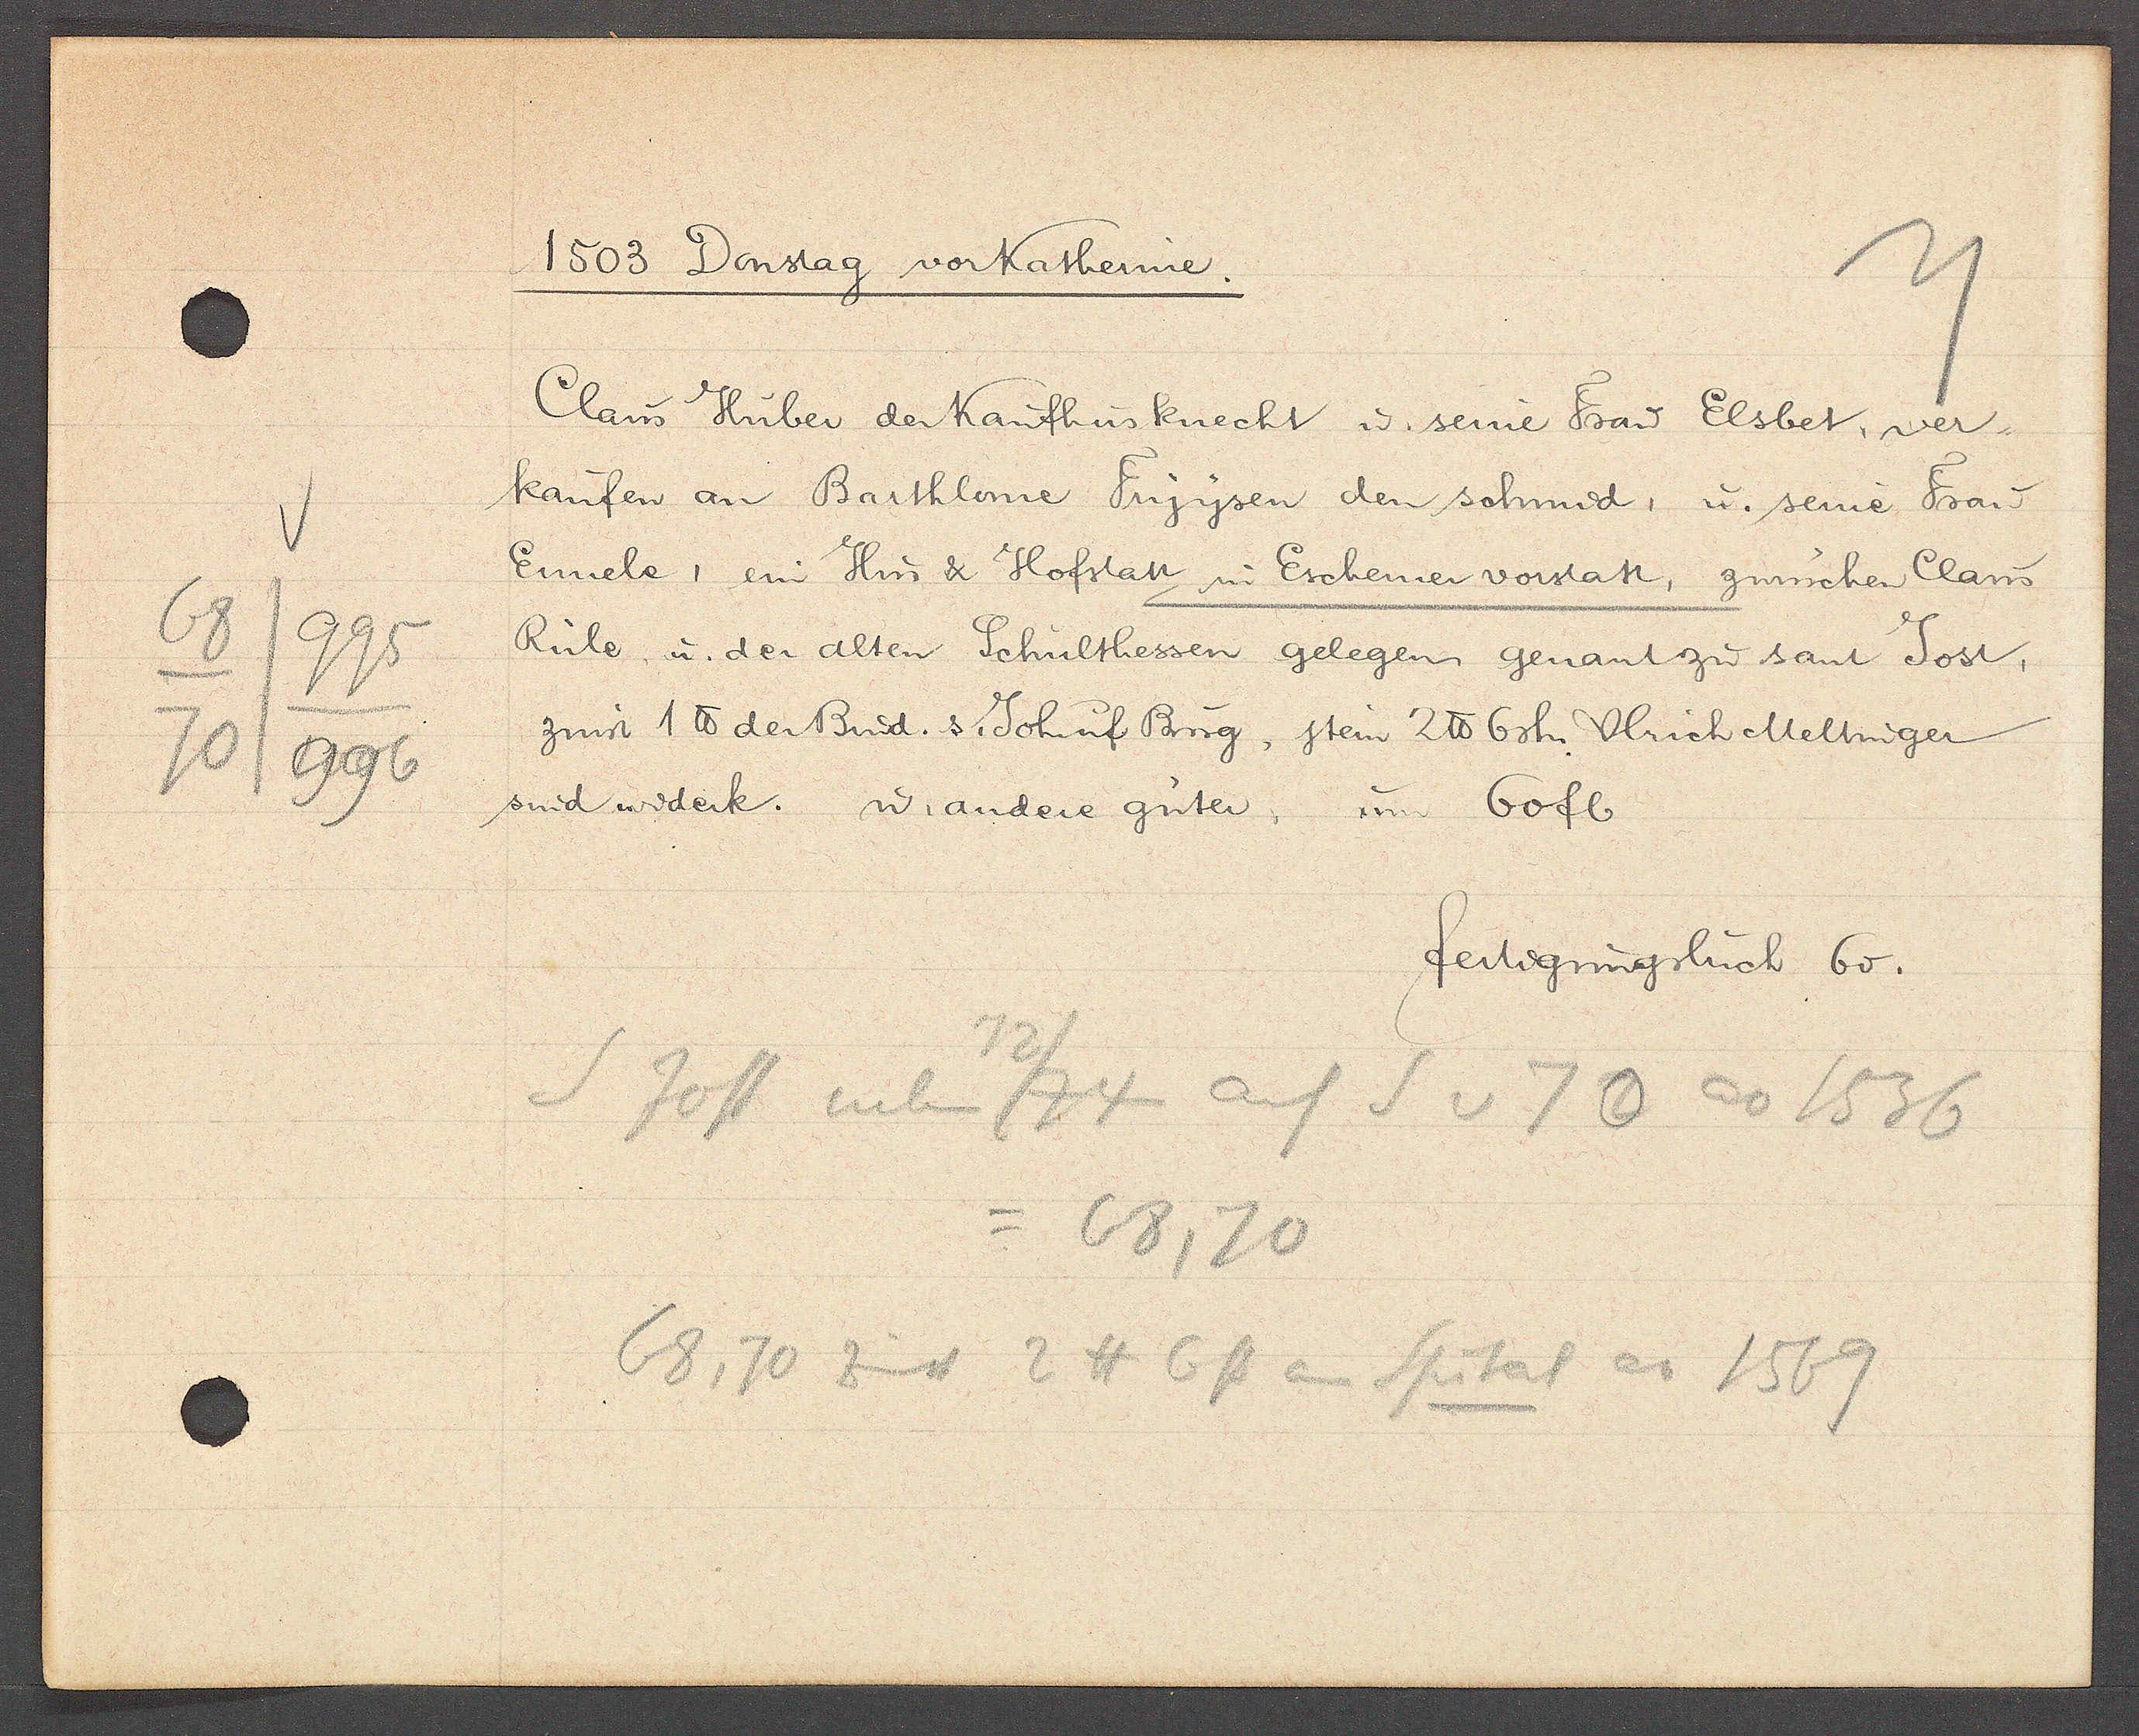
Transcript:
995
68
70
996

1503 Donstag vor Katherine.

Claus Huber der Kauffhusknecht u. seine Frau Elsbet, ver¬
kaufen an Barthlome Fryysen den schmid, u. seine Frau
Ennele, ein Hus & Hofstatt in Eschemer vorstatt, zwuschen Claus
Rüle, u. der alten Schulthessen gelegen genant zu sant Jost,
zinst 1 ℔ der Brud. s. Joh uf Burg, jtem 2 ℔ 6 sh Ulrich Meltinger
sind widerk. u. andere güter, um 60 fl

fertigungsbuch 60.

Zoff neben 72/74
auf S v 70 ao 1536
=68, 70
68, 70 zinst 2 ℔ 6ß an Spital ao 1569